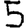
Digit: 5